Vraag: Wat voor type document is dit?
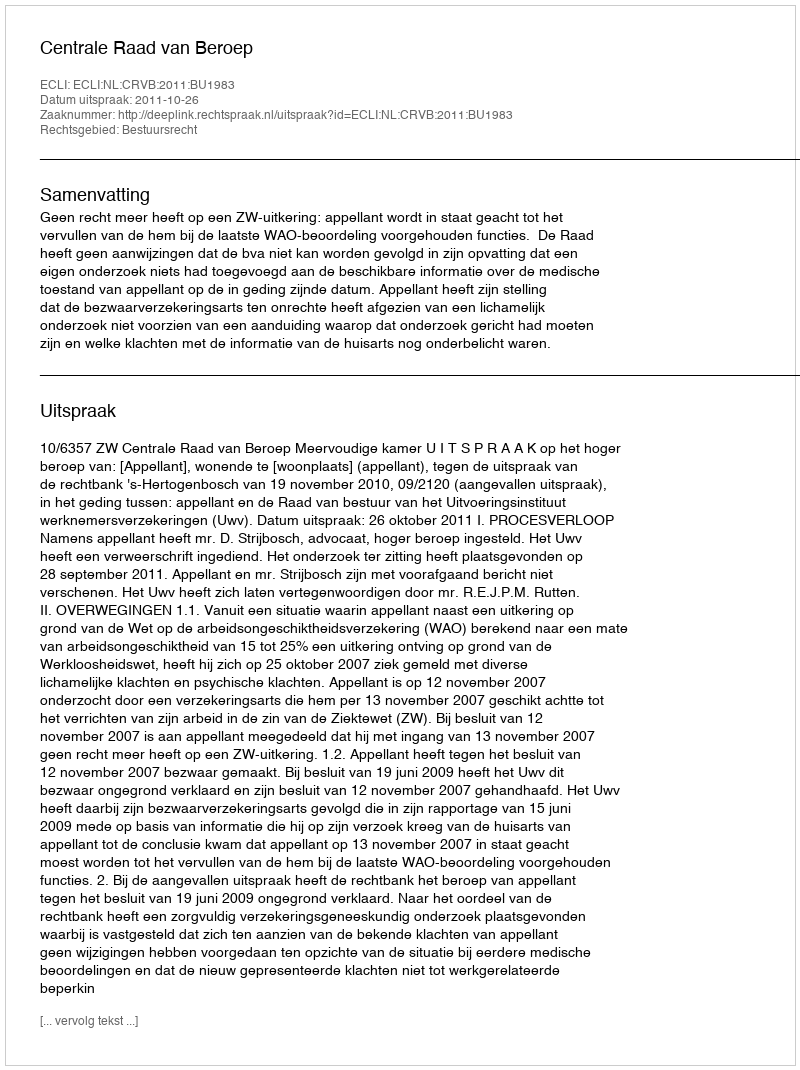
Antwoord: Uitspraak